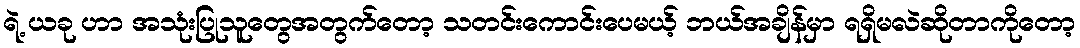
ရဲ့ ယခု ဟာ အသုံးပြုသူတွေအတွက်တော့ သတင်းကောင်းပေမယ့် ဘယ်အချိန်မှာ ရရှိမလဲဆိုတာကိုတော့